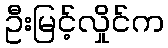
ဦးမြင့်လှိုင်က